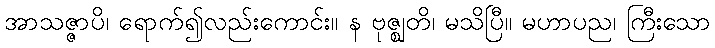
အာသဇ္ဇာပိ၊ ရောက်၍လည်းကောင်း။ န ဗုဇ္ဈတိ၊ မသိပြီ။ မဟာပည၊ ကြီးသော